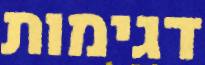
דגימות